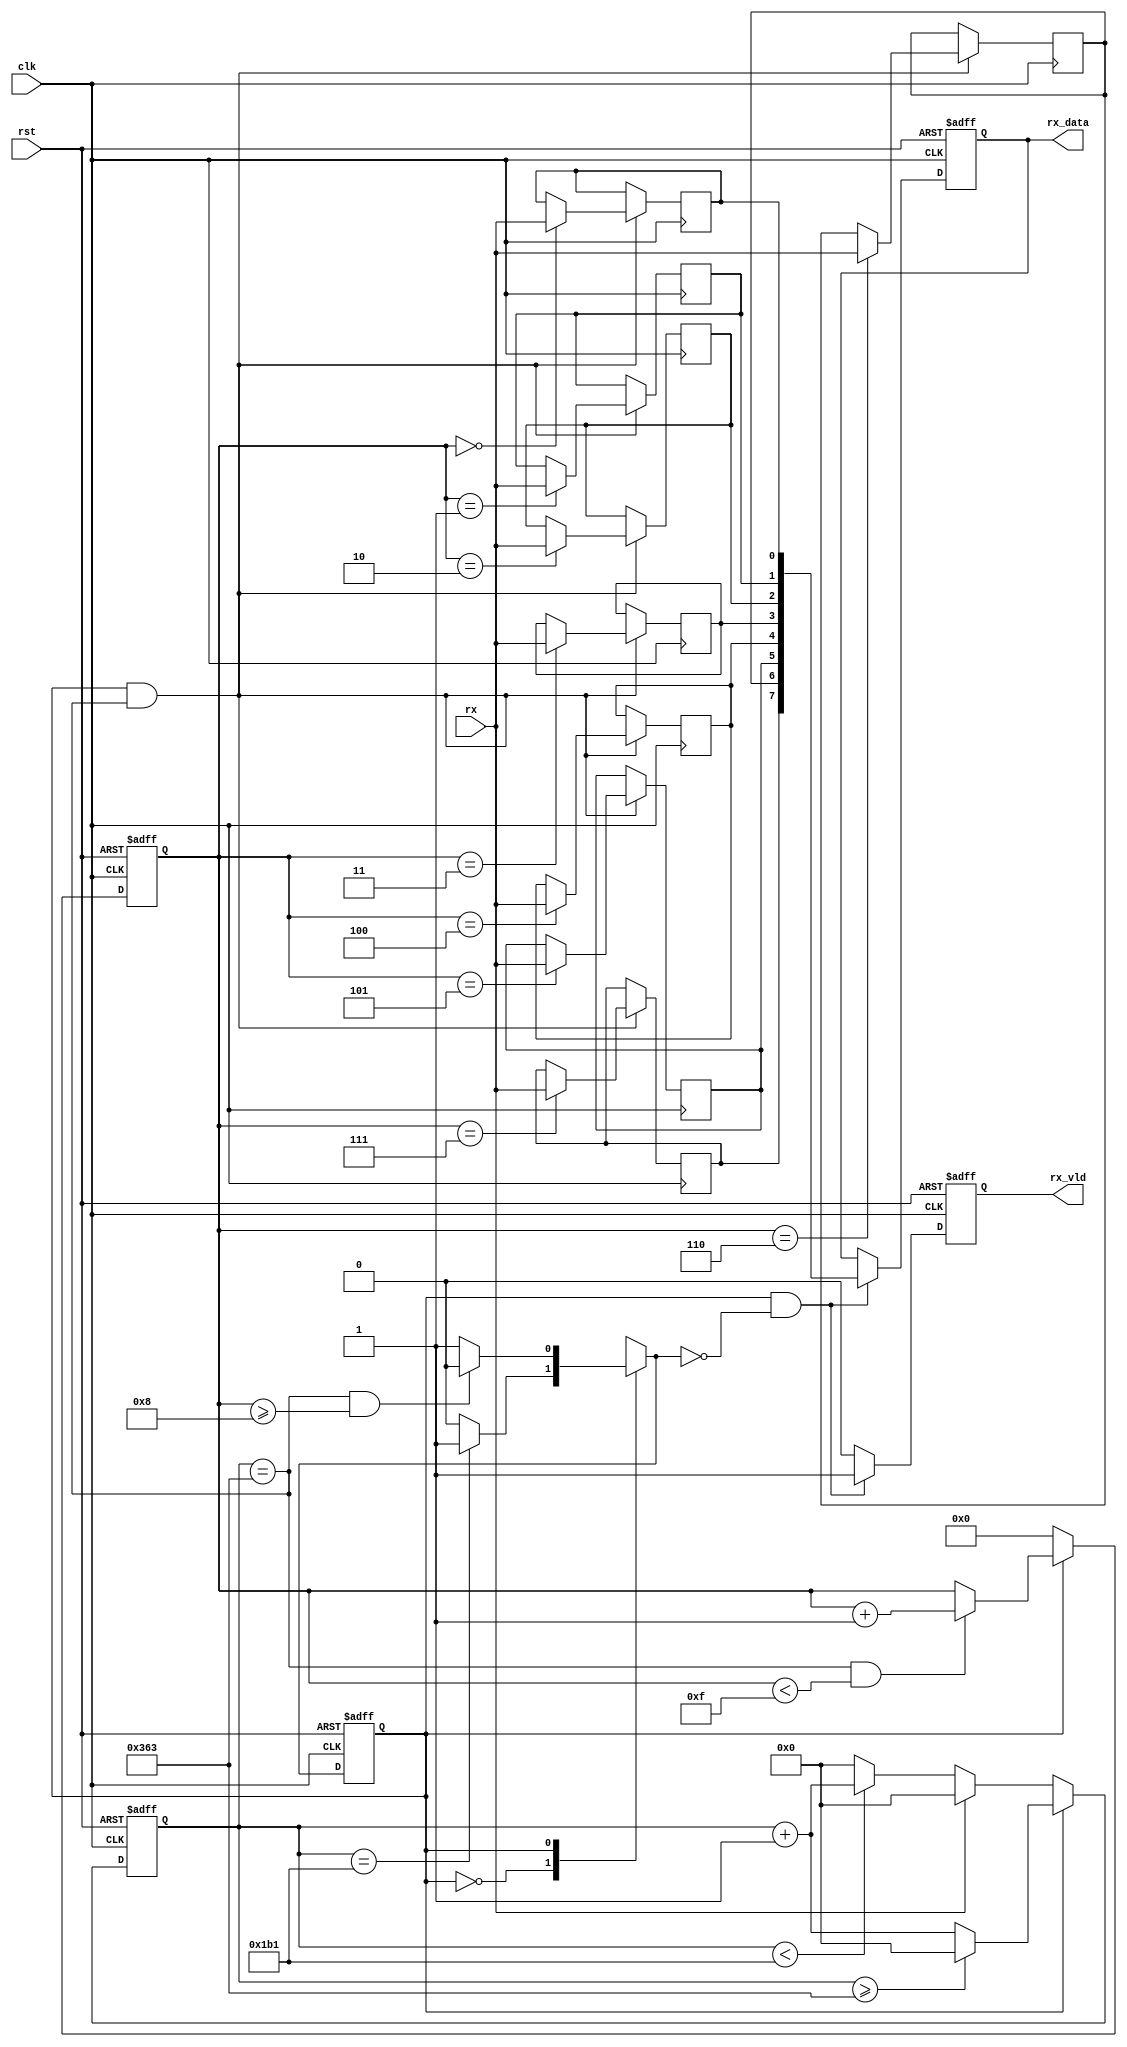
`timescale 1ns / 1ps
//////////////////////////////////////////////////////////////////////////////////
// Company: 
// Engineer: 
// 
// Design Name: 
// Module Name: rx
// Project Name: 
// Target Devices: 
// Tool Versions: 
// Description: 
// 
// Dependencies: 
// 
// Revision:
// Revision 0.01 - File Created
// Additional Comments:
// 
//////////////////////////////////////////////////////////////////////////////////

module rx(
    
    input               clk,
    input               rst,
    input               rx,
    
    output  reg         rx_vld,
    output  reg  [7:0]  rx_data

);

    parameter   DIV_CNT   = 10'd867;
    parameter   HDIV_CNT  = 10'd433;
    parameter   RX_CNT    = 4'h8;
    parameter   C_IDLE    = 1'b0;
    parameter   C_RX      = 1'b1;    

    reg         curr_state;
    reg         next_state;
    reg [9:0]   div_cnt;
    reg [3:0]   rx_cnt;
    reg         rx_reg_0;
    reg         rx_reg_1;
    reg         rx_reg_2;
    reg         rx_reg_3;
    reg         rx_reg_4;
    reg         rx_reg_5;
    reg         rx_reg_6;
    reg         rx_reg_7;

    //reg [7:0]   rx_reg;

    wire        rx_pulse;

    always@(posedge clk or posedge rst)begin
        if(rst)begin
            curr_state  <= C_IDLE;
        end else begin
            curr_state  <= next_state;
        end
    end  

    always@(*)begin
        case(curr_state)
            C_IDLE:
                if(div_cnt==HDIV_CNT)begin
                    next_state  = C_RX;
                end else begin
                    next_state  = C_IDLE;
                end
            C_RX:
                if((div_cnt==DIV_CNT)&&(rx_cnt>=RX_CNT))begin
                    next_state  = C_IDLE;
                end else begin
                    next_state  = C_RX;
                end
        endcase
    end

    always@(posedge clk or posedge rst)begin
        if(rst)begin
            div_cnt <= 10'h0;
        end else if(curr_state == C_IDLE)begin
            if(rx==1'b1)begin
                div_cnt <= 10'h0;
            end else if(div_cnt < HDIV_CNT)begin
                div_cnt <= div_cnt + 10'h1;
            end else begin
                div_cnt <= 10'h0;  
            end  
        end else if(curr_state == C_RX)begin
            if(div_cnt >= DIV_CNT)begin
                div_cnt <= 10'h0;
            end else begin
                div_cnt <= div_cnt + 10'h1;
            end
        end
    end

    always@(posedge clk or posedge rst)begin
        if(rst)begin
            rx_cnt  <= 4'h0;
        end else if(curr_state == C_IDLE)begin
            rx_cnt  <= 4'h0;
        end else if((div_cnt == DIV_CNT)&&(rx_cnt<4'hF))begin
            rx_cnt  <= rx_cnt + 1'b1;      
        end
    end

    always@(posedge clk)begin
        if(rx_pulse)begin
            case(rx_cnt)
            4'h0: rx_reg_0 <= rx;
            4'h1: rx_reg_1 <= rx;
            4'h2: rx_reg_2 <= rx;
            4'h3: rx_reg_3 <= rx;
            4'h4: rx_reg_4 <= rx;
            4'h5: rx_reg_5 <= rx;
            4'h6: rx_reg_6 <= rx;
            4'h7: rx_reg_7 <= rx;
            endcase
        end
    end

    always@(posedge clk or posedge rst)begin
        if(rst)begin
            rx_vld  <= 1'b0;
            rx_data <= 8'h55;
        end else if((curr_state==C_RX)&&(next_state==C_IDLE))begin
            rx_vld  <= 1'b1;
            rx_data <= {rx_reg_7,rx_reg_6,rx_reg_5,rx_reg_4,rx_reg_3,rx_reg_2,rx_reg_1,rx_reg_0};
        end
        else begin
            rx_vld  <= 1'b0;
        end
    end
    
    assign rx_pulse = (curr_state==C_RX)&&(div_cnt==DIV_CNT);

endmodule